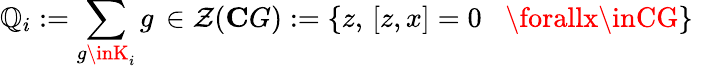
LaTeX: \mathbb{Q}_{i}:=\sum_{g\inK_{i}}g\, \in\mathcal{{Z}}(\mathbf{{C}}G):=\left\{ z,\, \left[z,x\right]=0\, \, \, \, \, \forallx\inCG\right\} \, \,